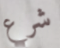
شرع